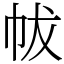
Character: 帗